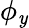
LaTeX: \phi_{\mathit{y}}